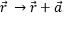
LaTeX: { \vec { r } } \, \rightarrow { \vec { r } } + { \vec { a } }